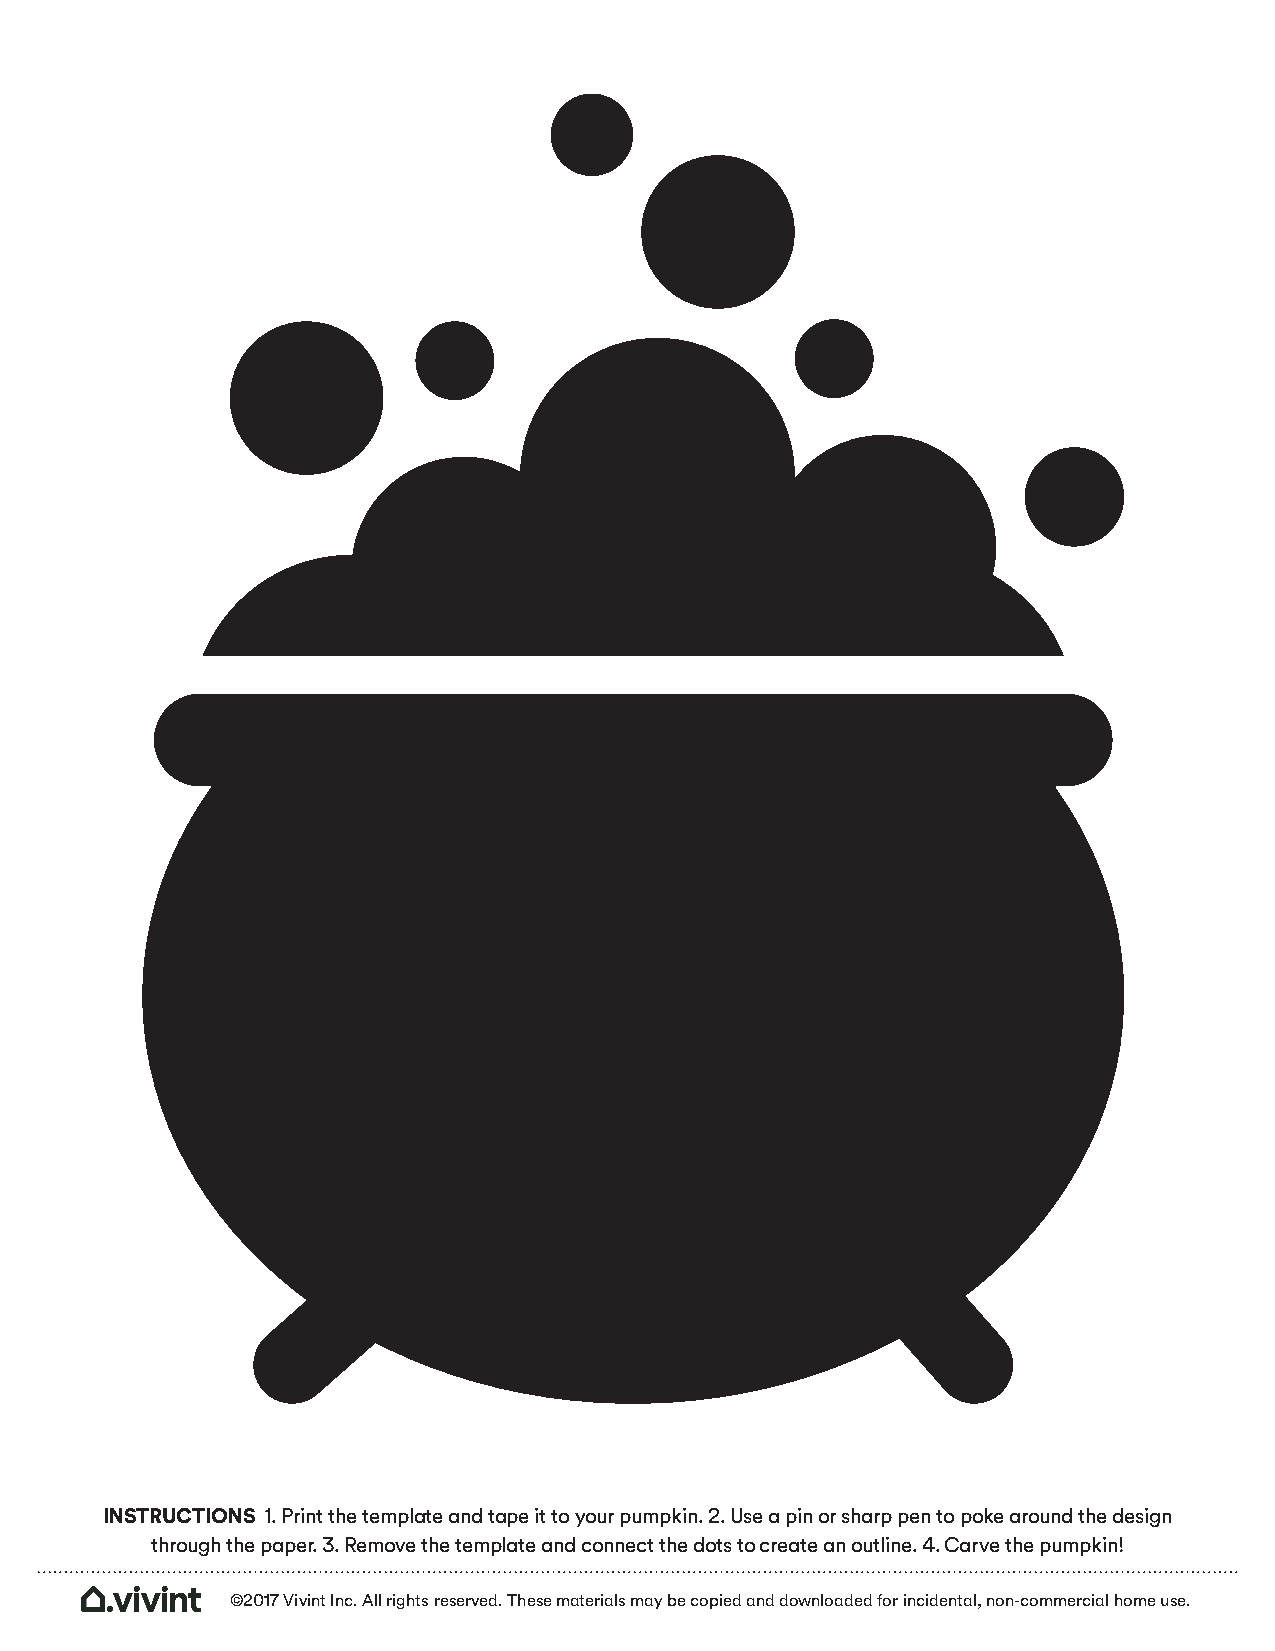
INSTRUCTIONS 1. Print the template and tape it to your pumpkin. 2. Use a pin or sharp pen to poke around the design
 through the paper. 3. Remove the template and connect the dots to create an outline. 4. Carve the pumpkin!
 ©2017 Vivint Inc. All rights reserved. These materials may be copied and downloaded for incidental, non-commercial home use.